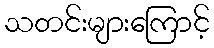
သတင်းများကြောင့်